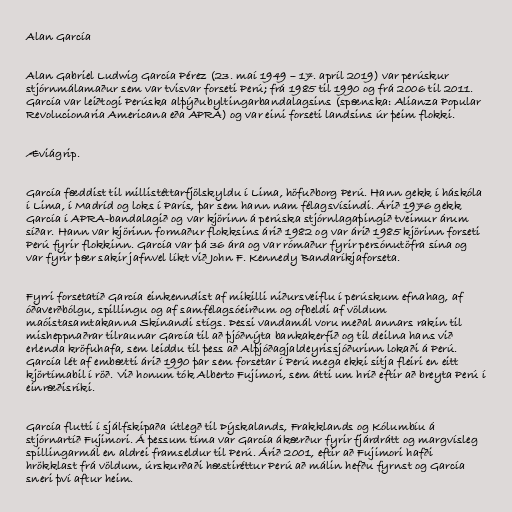
Alan García

Alan Gabriel Ludwig García Pérez (23. maí 1949 – 17. apríl 2019) var perúskur
stjórnmálamaður sem var tvisvar forseti Perú; frá 1985 til 1990 og frá 2006 til 2011.
García var leiðtogi Perúska alþýðubyltingarbandalagsins (spænska: Alianza Popular
Revolucionaria Americana eða APRA) og var eini forseti landsins úr þeim flokki.

Æviágrip.

García fæddist til millistéttarfjölskyldu í Lima, höfuðborg Perú. Hann gekk í háskóla
í Lima, í Madríd og loks í París, þar sem hann nam félagsvísindi. Árið 1976 gekk
García í APRA-bandalagið og var kjörinn á perúska stjórnlagaþingið tveimur árum
síðar. Hann var kjörinn formaður flokksins árið 1982 og var árið 1985 kjörinn forseti
Perú fyrir flokkinn. García var þá 36 ára og var rómaður fyrir persónutöfra sína og
var fyrir þær sakir jafnvel líkt við John F. Kennedy Bandaríkjaforseta.

Fyrri forsetatíð García einkenndist af mikilli niðursveiflu í perúskum efnahag, af
óðaverðbólgu, spillingu og af samfélagsóeirðum og ofbeldi af völdum
maóistasamtakanna Skínandi stígs. Þessi vandamál voru meðal annars rakin til
misheppnaðrar tilraunar García til að þjóðnýta bankakerfið og til deilna hans við
erlenda kröfuhafa, sem leiddu til þess að Alþjóðagjaldeyrissjóðurinn lokaði á Perú.
García lét af embætti árið 1990 þar sem forsetar í Perú mega ekki sitja fleiri en eitt
kjörtímabil í röð. Við honum tók Alberto Fujimori, sem átti um hríð eftir að breyta Perú í
einræðisríki.

García flutti í sjálfskipaða útlegð til Þýskalands, Frakklands og Kólumbíu á
stjórnartíð Fujimori. Á þessum tíma var García ákærður fyrir fjárdrátt og margvísleg
spillingarmál en aldrei framseldur til Perú. Árið 2001, eftir að Fujimori hafði
hrökklast frá völdum, úrskurðaði hæstiréttur Perú að málin hefðu fyrnst og García
sneri því aftur heim.